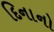
દિનાનો